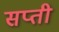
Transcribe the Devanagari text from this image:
सप्ती